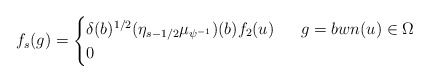
\begin{align*}f_s(g)=\begin{cases} \delta(b)^{1/2}(\eta_{s-1/2}\mu_{\psi^{-1}})(b)f_2(u) & \ \ g=bw n(u)\in\Omega \\ 0& \end{cases}\end{align*}